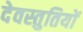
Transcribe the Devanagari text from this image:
देवस्तुतियों